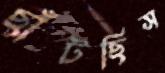
ছাঁটছিস